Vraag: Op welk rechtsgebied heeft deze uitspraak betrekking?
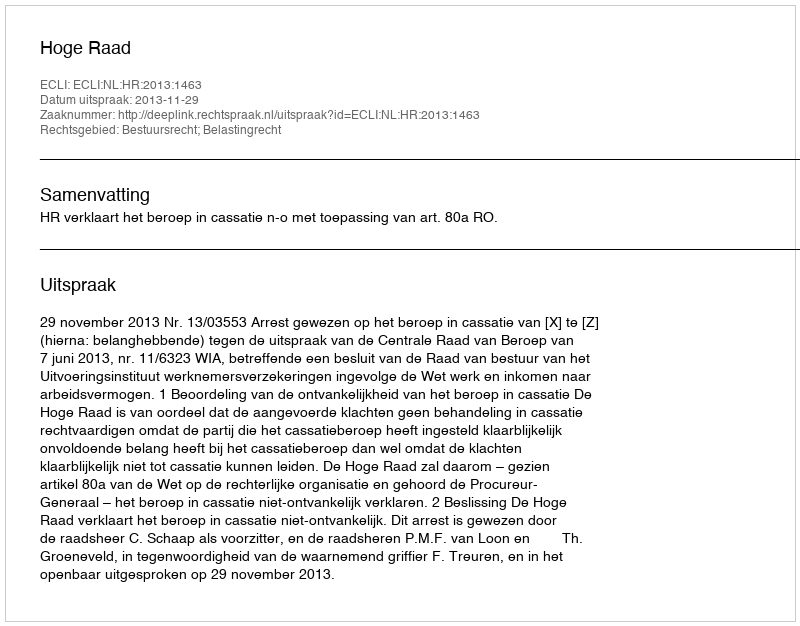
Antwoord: Bestuursrecht; Belastingrecht